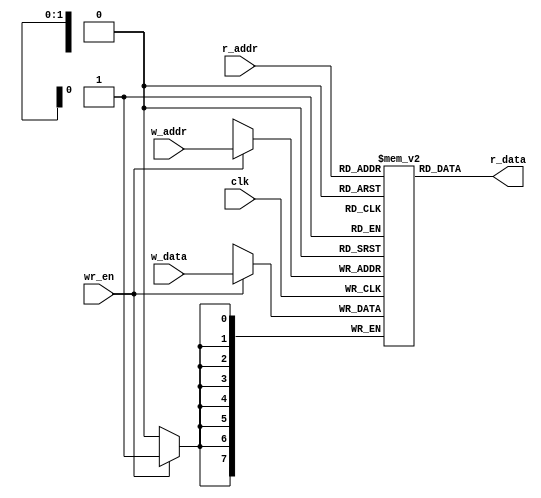
`timescale 1ns / 1ps
//////////////////////////////////////////////////////////////////////////////////
// Company: 
// Engineer: 
// 
// Design Name: 
// Module Name:    reg_file 
// Project Name: 
// Target Devices: 
// Tool versions: 
// Description: 
//
// Dependencies: 
//
// Revision: 
// Revision 0.01 - File Created
// Additional Comments: 
//
//////////////////////////////////////////////////////////////////////////////////
module reg_file 
	#(
		parameter 	B = 8,  // number of bits to be read or write
						W = 2   // nuber of address bits
		)
	(
		input wire clk,
		input wire wr_en,
		input wire [W-1:0] w_addr, r_addr,
		input wire [B-1:0] w_data,
		output wire [B-1:0] r_data
		);

	// intermediate signal decleration  
	reg [B-1:0] array_reg [2**W-1: 0];

	// write operation
	always @(posedge clk) begin
		if (wr_en)
			array_reg[w_addr] <= w_data;
	end
	
	//read operation 
	assign r_data = array_reg[r_addr];
	
endmodule

module stimulus();
	reg CLK, WR_EN;
	reg [1:0] W_ADDR, R_ADDR;
	reg [7:0] W_DATA;
	wire[7:0] R_DATA;

	reg_file R(
				.clk(CLK),
				.wr_en(WR_EN),
				.w_addr(W_ADDR),
				.r_addr(R_ADDR),
				.w_data(W_DATA),
				.r_data(R_DATA)
				);
				
	initial 
		$dumpvars(CLK, WR_EN, W_DATA, R_DATA, W_ADDR, R_ADDR);
	
	initial begin
		CLK = 1'b0;
		W_ADDR = 1'b1;
		R_ADDR = 1'b1;
		W_DATA = 8'b1010;
		WR_EN = 1'b0;
	end

	always 
		#1 CLK = ~CLK;
		
	initial begin
		#10 WR_EN =1'b1;
		W_DATA = 8'd255;
		#10 WR_EN =1'b0;
		#100 $finish;
	end 
	
endmodule